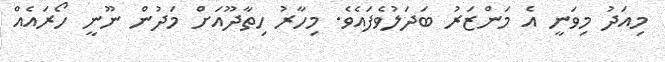
މިއަދު މިވަނީ އެ މަންޒަރު ބަދަލުވެފައެވެ. މިހާރު ހިތާދޫއަށް މަދުން ނޫނީ ހޯރައެއް